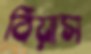
বিয়াস